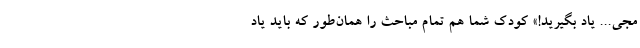
مجی... یاد بگیرید!» کودک شما هم تمام مباحث را همان‌طور که باید یاد